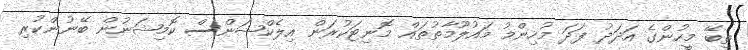
ތިބޭ މީހުންގެ އަދަދު ފަދަ މުހިންމު މައުލޫމާތުތައް މޮނިޓަކުރަން އިލެކްޝަންސް ކޮމިޝަނުން ބޭނުންކުރި